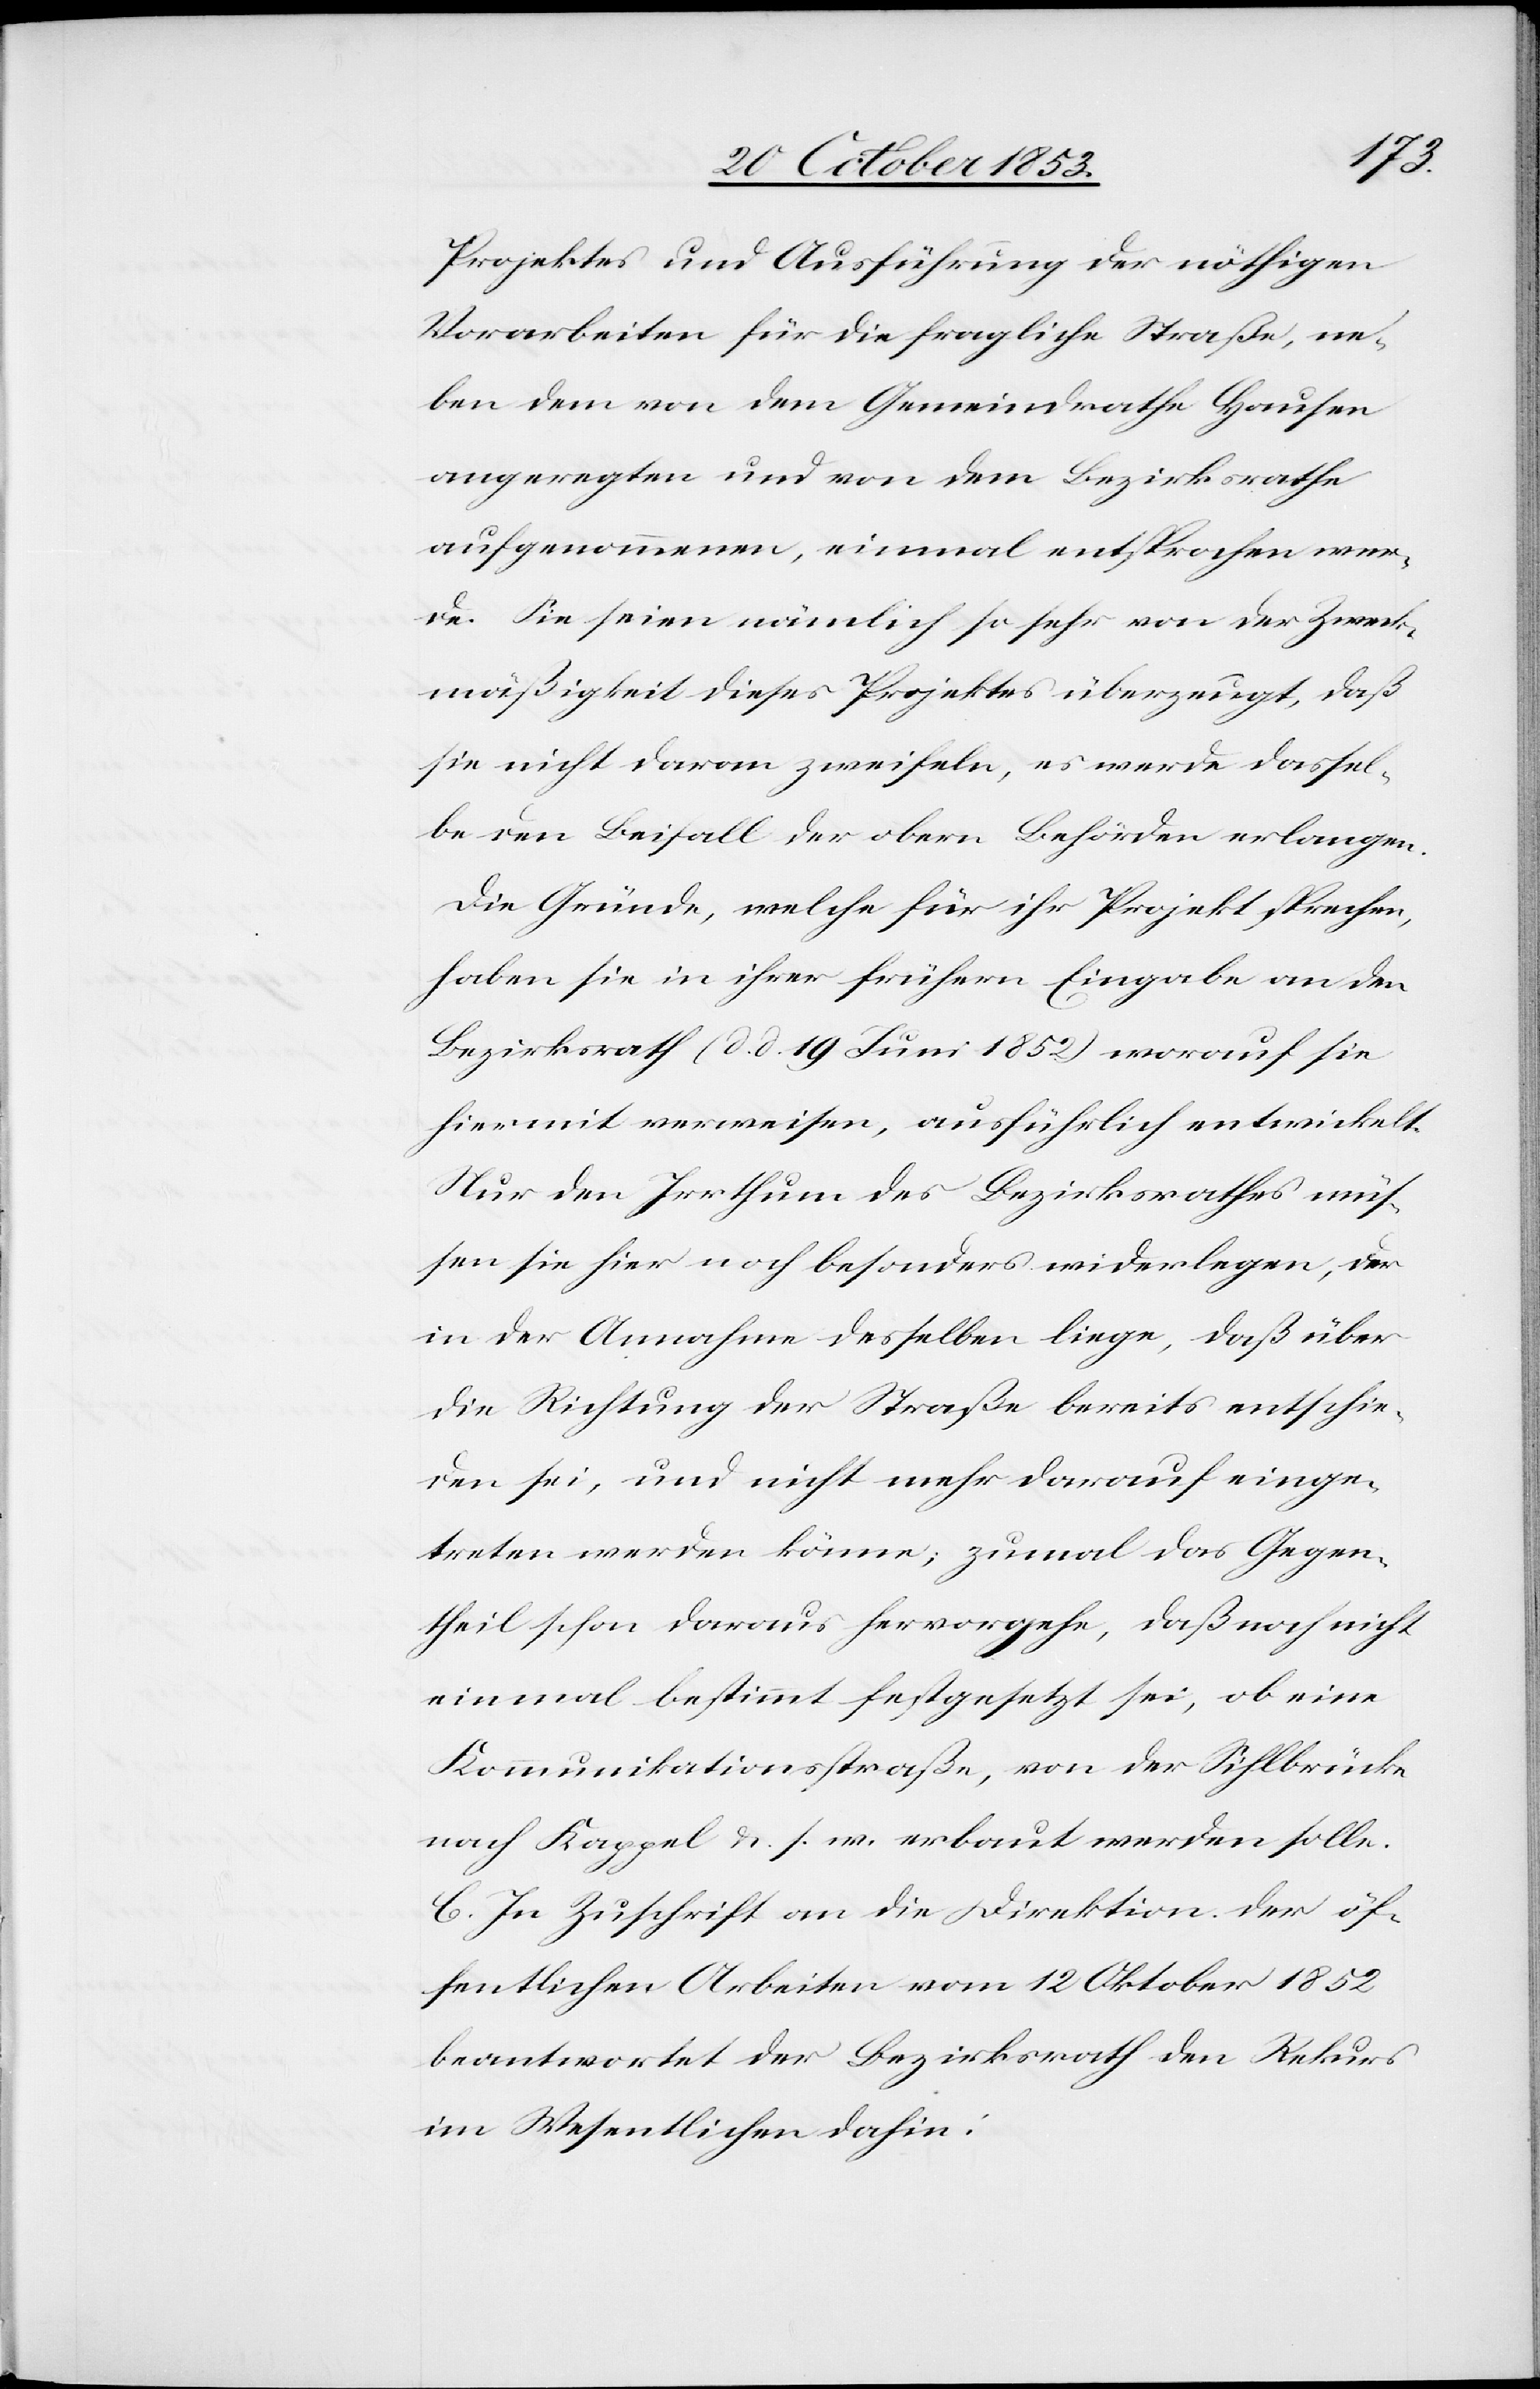
Projektes und Ausführung der nöthigen
Vorarbeiten für die fragliche Straße, ne¬
ben dem von dem Gemeindrathe Hausen
angeregten und von dem Bezirksrathe
aufgenommenen, einmal entsprochen wer¬
de. Sie seien nämlich so sehr von der Zweck¬
mäßigkeit dieses Projektes überzeugt, daß
sie nicht daran zweifeln, es werde dassel¬
be den Beifall der obern Behörden erlangen.
Die Gründe, welche für ihr Projekt sprechen,
haben sie in ihrer frühern Eingabe an den
Bezirksrath d. d. 19 Juni 1852 worauf sie
hiermit verweisen, ausführlich entwickelt.
Nur den Irrthum des Bezirksrathes müs¬
sen sie hier noch besonders wiederlegen, der
in der Annahme desselben liege, daß über
die Richtung der Straße bereits entschie¬
den sei, und nicht mehr darauf einge¬
treten werden könne; zumal das Gegen¬
theil schon daraus hervorgehe, daß noch nicht
einmal bestimmt festgesetzt sei, ob eine
Kommunikationsstraße, von der Sihlbrücke
nach Kappel u. s. w. erbaut werden solle.
C. In Zuschrift an die Direktion der öf¬
fentlichen Arbeiten vom 12 Oktober 1852
beantwortet der Bezirksrath den Rekurs
im Wesentlichen dahin: